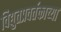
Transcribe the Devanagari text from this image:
विद्युतप्रवर्तकाच्या